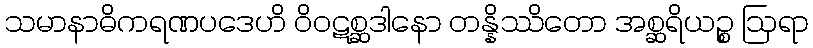
သမာနာဓိကရဏပဒေဟိ ဝိဝဋစ္ဆဒါနော တန္နိဿိတော အစ္ဆရိယဉ္စ ဩရာ